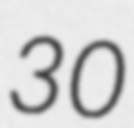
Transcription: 30